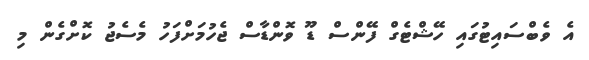
އެ ވެބްސައިޓުގައި ހޭޝްޓެގް ފޭންސް ޑޫ ވޮންޑާސް ޖެހުމަށްފަހު މެސެޖު ކޮށްގެން މި